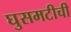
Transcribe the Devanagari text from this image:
घुसमटीची